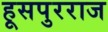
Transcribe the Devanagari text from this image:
हूसपुरराज